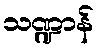
သဏ္ဍာန်